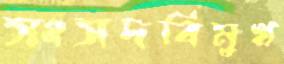
সংসদবিমুখ